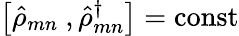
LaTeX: \left[{\hat{\rho}}_{mn}\mathrm{\ },{\hat{\rho}}_{mn}^{\dagger}\right]=\mathrm{const}